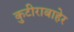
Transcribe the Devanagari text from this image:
कुटीराबाहेर